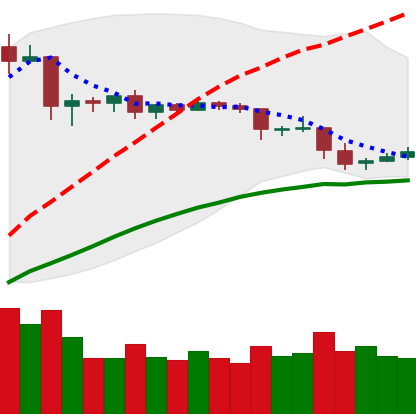
Ticker: ETC-USD
Chart end date: 2019-04-28
Forward return: 8.806%
Label: up_7plus